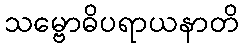
သမ္ဗောဓိပရာယနာတိ